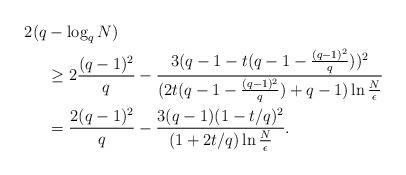
LaTeX: \begin{align*}2(q &- \log_q N) \\& \ge 2\frac{(q-1)^2}{q} - \frac{3(q-1 - t(q-1- \frac{(q-1)^2}{q} ))^2}{(2t(q-1 - \frac{(q-1)^2}{q})+q-1)\ln \frac{N}{\epsilon}}\\& = \frac{2(q-1)^2}{q} - \frac{3(q-1)(1-t/q)^2}{(1+2t/q)\ln \frac{N}{\epsilon}}.\end{align*}